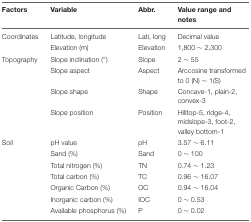
<table><thead><tr><td><b>Factors</b></td><td><b>Variable</b></td><td><b>Abbr.</b></td><td><b>Value range and notes</b></td></tr></thead><tbody><tr><td>Coordinates</td><td>Latitude, longitude</td><td>Lati, long</td><td>Decimal value</td></tr><tr><td></td><td>Elevation (m)</td><td>Elevation</td><td>1,800 ~ 2,300</td></tr><tr><td>Topography</td><td>Slope inclination (°)</td><td>Slope</td><td>2 ~ 55</td></tr><tr><td></td><td>Slope aspect</td><td>Aspect</td><td>Arccosine transformed to 0 (N) ~ 1(S)</td></tr><tr><td></td><td>Slope shape</td><td>Shape</td><td>Concave-1, plain-2, convex-3</td></tr><tr><td></td><td>Slope position</td><td>Position</td><td>Hilltop-5, ridge-4, midslope-3, foot-2, valley bottom-1</td></tr><tr><td>Soil</td><td>pH value</td><td>pH</td><td>3.57 ~ 6.11</td></tr><tr><td></td><td>Sand (%)</td><td>Sand</td><td>0 ~ 100</td></tr><tr><td></td><td>Total nitrogen (%)</td><td>TN</td><td>0.74 ~ 1.23</td></tr><tr><td></td><td>Total carbon (%)</td><td>TC</td><td>0.96 ~ 16.07</td></tr><tr><td></td><td>Organic Carbon (%)</td><td>OC</td><td>0.94 ~ 16.04</td></tr><tr><td></td><td>Inorganic carbon (%)</td><td>IOC</td><td>0 ~ 0.53</td></tr><tr><td></td><td>Available phosphorus (%)</td><td>P</td><td>0 ~ 0.02</td></tr></tbody></table>